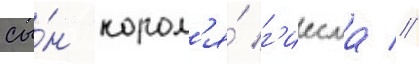
сы́н корол'я́ г'иесма //